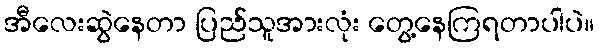
အီလေးဆွဲနေတာ ပြည်သူအားလုံး တွေ့နေကြရတာပါပဲ။